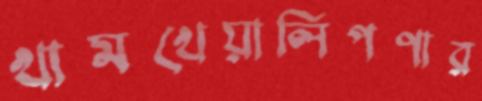
খামখেয়ালিপণার